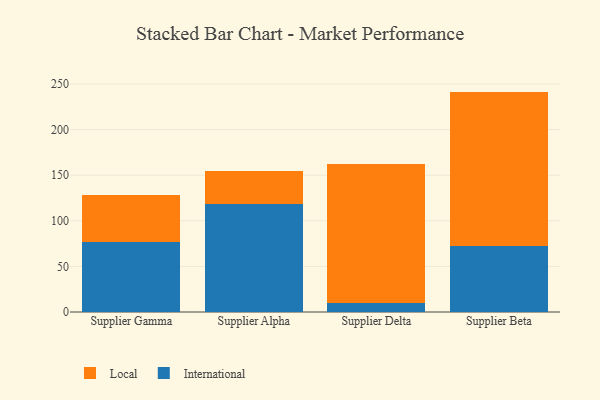
{"axis": {"x": "Supplier", "y": "Conversion Rate (%)"}, "legend": ["International", "Local"], "data": [{"x": "Supplier Gamma", "y": 76.5, "type": "International"}, {"x": "Supplier Gamma", "y": 52.3, "type": "Local"}, {"x": "Supplier Alpha", "y": 118.4, "type": "International"}, {"x": "Supplier Alpha", "y": 36.6, "type": "Local"}, {"x": "Supplier Delta", "y": 10.4, "type": "International"}, {"x": "Supplier Delta", "y": 151.9, "type": "Local"}, {"x": "Supplier Beta", "y": 72.1, "type": "International"}, {"x": "Supplier Beta", "y": 169.6, "type": "Local"}]}